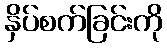
နှိပ်စက်ခြင်းကို